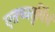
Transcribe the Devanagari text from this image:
एतच्चतुर्विधं